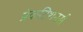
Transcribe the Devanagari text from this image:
प्रेकटिशनर्स